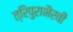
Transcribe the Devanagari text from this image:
त्रिपुराभैरवी